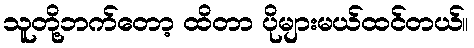
သူတို့ဘက်တော့ ထိတာ ပိုများမယ်ထင်တယ်။